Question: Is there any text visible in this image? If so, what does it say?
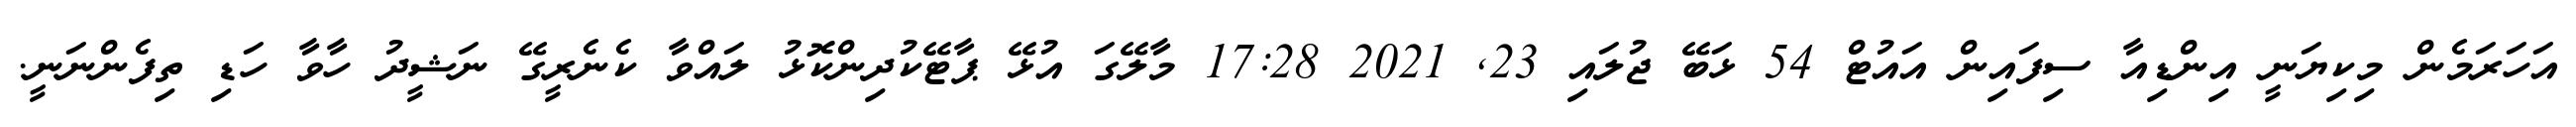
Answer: އަހަރަމެން މިކިޔަނީ އިންޑިއާ ސިފައިން އައުޓް 54 ޅަބޭ ޖުލައި 23, 2021 17:28 މާލޭގަ އުޅޭ ޕާޓޭކުދިންކޮޅު ލައްވާ ކެނެރީގޭ ނަޝީދު ހާވާ ހަޑި ތިފެންނަނީ.